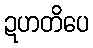
ဍဟတိပေ